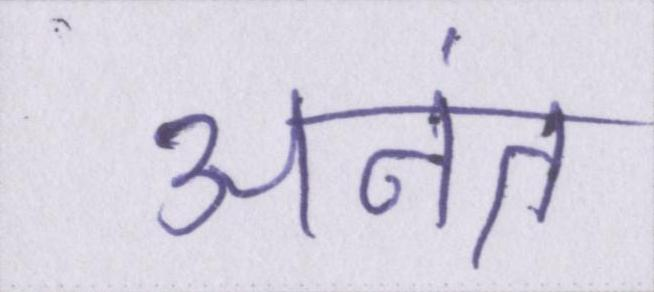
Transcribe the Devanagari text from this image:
अनंत